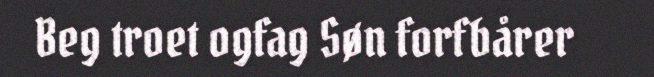
Beg troet ogfag Søn forfbårer